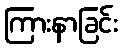
ကြားနာခြင်း